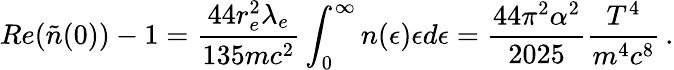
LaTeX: Re(\tilde{n}(0))-1={\frac{44r_{e}^{2}\lambda_{e}}{135mc^{2}}}\int_{0}^{\infty}{n(\epsilon)\epsilon d\epsilon}={\frac{44\pi^{2}\alpha^{2}}{2025}}{\frac{T^{4}}{m^{4}c^{8}}}\, .